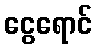
ငွေရောင်